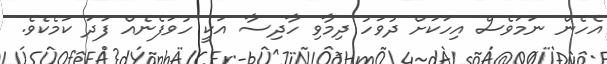
އެހެން ނަމަވެސް އިހަކަށް ދުވަހު ދިމާވި ހާދިސާ އަކީ ހުވަފެނެއް ފަދަ ކަމެކެވެ.